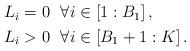
LaTeX: \begin{align*}\begin{aligned}L_i&=0 ~~ \forall i\in\left[1:B_{1}\right], \\L_i&>0 ~~ \forall i\in\left[B_{1}+1:K\right].\end{aligned}\end{align*}